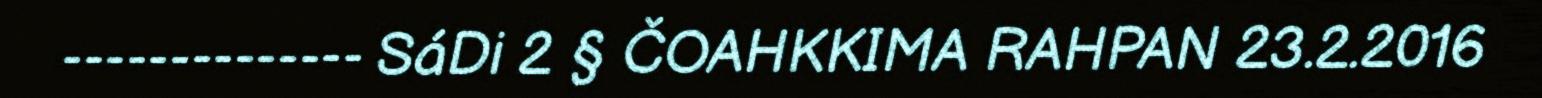
-------------- SáDi 2 § ČOAHKKIMA RAHPAN 23.2.2016